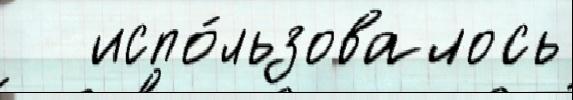
   испо́льзовалось